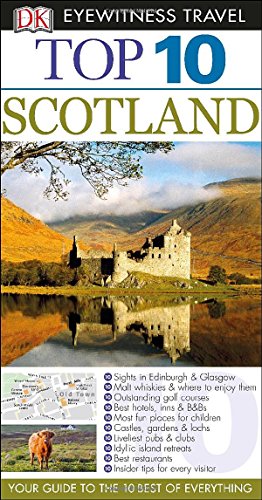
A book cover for Top 10 Scotland (Eyewitness Top 10 Travel Guide); Alastair Scott; Travel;